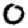
Digit: 0